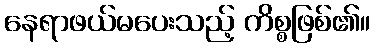
နေရာဖယ်မပေးသည့် ကိစ္စဖြစ်၏။